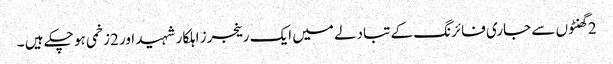
2 گھنٹوں سے جاری فائرنگ کے تبادلے میں ایک رینجرز اہلکار شہید اور 2زخمی ہو چکے ہیں ۔